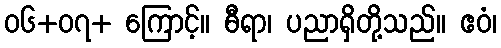
၀၆+၀၇+ ကြောင့်။ ဓီရာ၊ ပညာရှိတို့သည်။ ဧဝံ၊